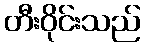
တီးဝိုင်းသည်